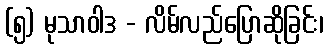
(၅) မုသာဝါဒ - လိမ်လည်ပြောဆိုခြင်း၊